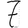
Digit: 7